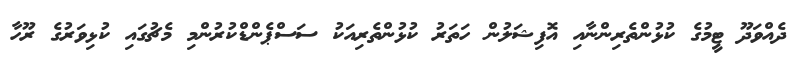
ދެއްވަދޫ ޓީމުގެ ކުޅުންތެރިންނާއި އޮފިޝަލުން ހަތަރު ކުޅުންތެރިއަކު ސަސްޕެންޑްކުރުންމި މެޗުގައި ކުޅިވަރުގެ ރޫހާ